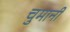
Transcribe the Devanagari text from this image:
चुमानी